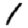
Digit: 1